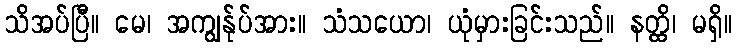
သိအပ်ပြီ။ မေ၊ အကျွန်ုပ်အား။ သံသယော၊ ယုံမှားခြင်းသည်။ နတ္ထိ၊ မရှိ။